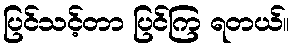
ပြင်သင့်တာ ပြင်ကြ ရတယ်။